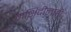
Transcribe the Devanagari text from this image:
मशिदीलाही